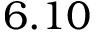
6 . 1 0